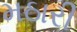
મઠારી